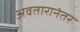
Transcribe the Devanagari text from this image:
अवतारानंतर